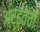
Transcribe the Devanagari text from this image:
अर्हतेची